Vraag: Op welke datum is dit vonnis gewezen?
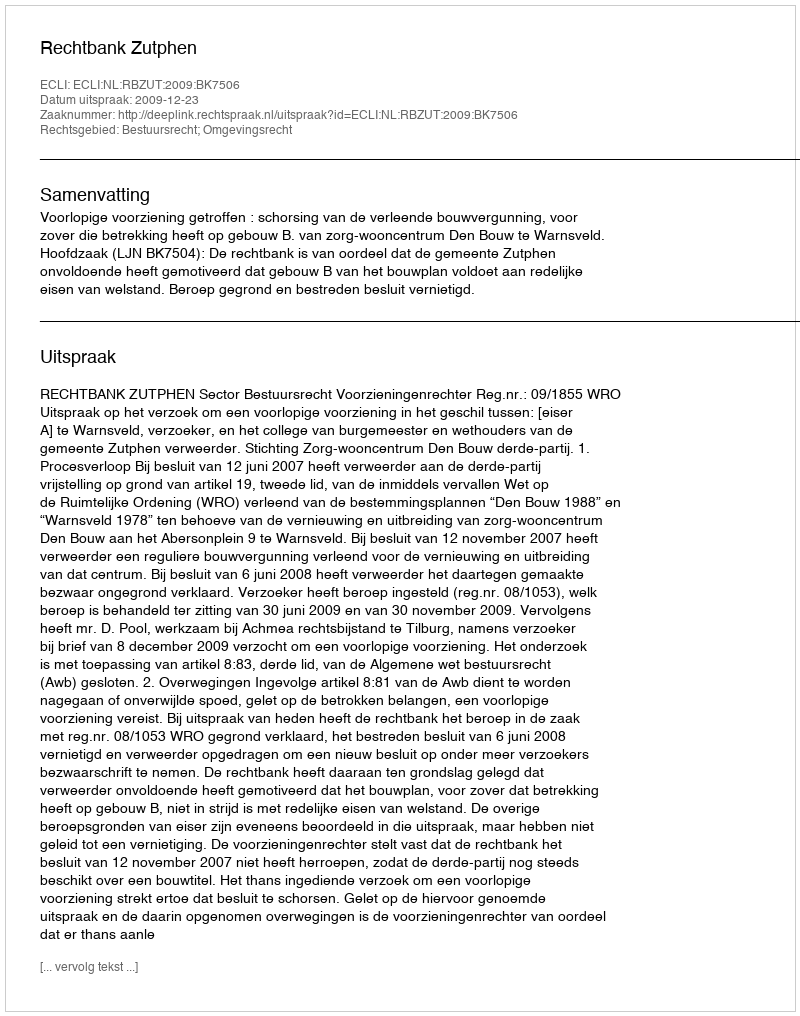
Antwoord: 2009-12-23